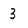
Character: 3